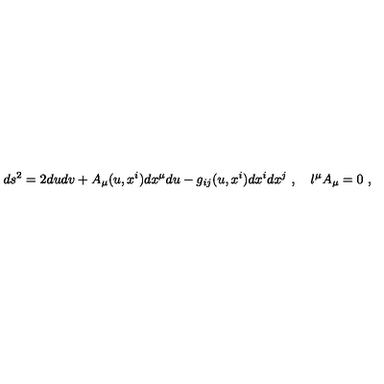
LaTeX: d s ^ { 2 } = 2 d u d v + A _ { \mu } ( u , x ^ { i } ) d x ^ { \mu } d u - g _ { i j } ( u , x ^ { i } ) d x ^ { i } d x ^ { j } \ , \quad l ^ { \mu } A _ { \mu } = 0 \ ,